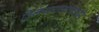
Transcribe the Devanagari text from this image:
विजयराघवाचारि